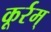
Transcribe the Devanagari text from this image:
कूर्रम्